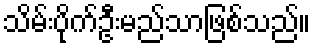
သိမ်းပိုက်ဦးမည်သာဖြစ်သည်။